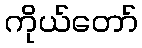
ကိုယ်တော်